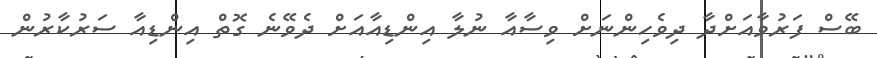
ބޭސް ފަރުވާއަށްދާ ދިވެހިންނަށް ވިސާއާ ނުލާ އިންޑިއާއަށް ދެވޭނެ ގޮތް އިންޑިއާ ސަރުކާރުން